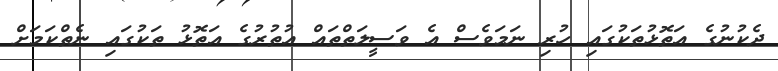
ދެކުނުގެ އަތޮޅުތަކުގައި ހުރި ނަމަވެސް އެ ވަސީލަތްތައް އުތުރުގެ އަތޮޅު ތަކުގައި ނެތްކަމަށް